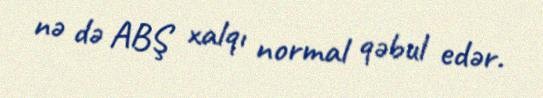
nə də ABŞ xalqı normal qəbul edər.